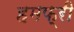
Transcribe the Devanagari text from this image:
हमफ्री